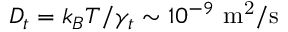
D _ { t } = k _ { B } T / \gamma _ { t } \sim 1 0 ^ { - 9 } ~ \mathrm { m ^ { 2 } / s }